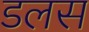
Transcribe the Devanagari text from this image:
डलस